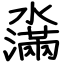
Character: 濷